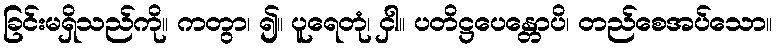
ခြင်းမရှိသည်ကို။ ကတွာ၊ ၍။ ပူရေတုံ၊ ငှါ။ ပတိဋ္ဌပေန္တောပိ၊ တည်စေအပ်သော။